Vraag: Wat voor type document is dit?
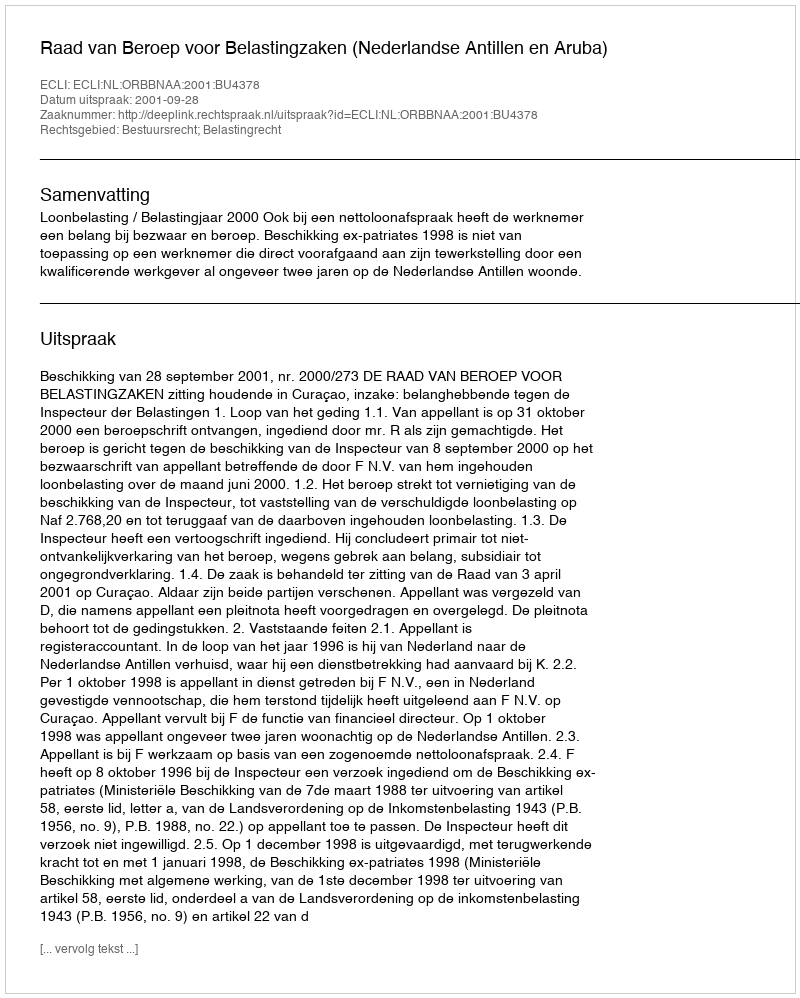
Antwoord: Uitspraak